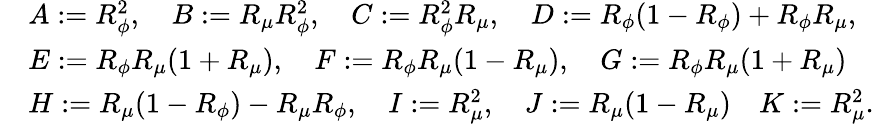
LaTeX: \begin{array}{rl}&{A:=R_{\phi}^{2},\quad B:=R_{\mu}R_{\phi}^{2},\quad C:=R_{\phi}^{2}R_{\mu},\quad D:=R_{\phi}(1-R_{\phi})+R_{\phi}R_{\mu},}\\ &{E:=R_{\phi}R_{\mu}(1+R_{\mu}),\quad F:=R_{\phi}R_{\mu}(1-R_{\mu}),\quad G:=R_{\phi}R_{\mu}(1+R_{\mu})}\\ &{H:=R_{\mu}(1-R_{\phi})-R_{\mu}R_{\phi},\quad I:=R_{\mu}^{2},\quad J:=R_{\mu}(1-R_{\mu})\quad K:=R_{\mu}^{2}.}\end{array}